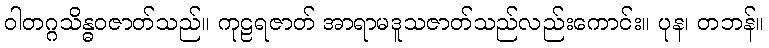
ဝါတဂ္ဂသိန္ဓဝဇာတ်သည်။ ကုဠရဇာတ် အာရာမဒူသဇာတ်သည်လည်းကောင်း။ ပုန၊ တဘန်။